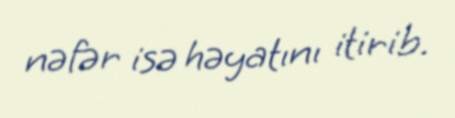
nəfər isə həyatını itirib.